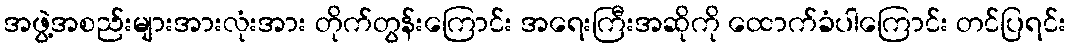
အဖွဲ့အစည်းများအားလုံးအား တိုက်တွန်းကြောင်း အရေးကြီးအဆိုကို ထောက်ခံပါကြောင်း တင်ပြရင်း